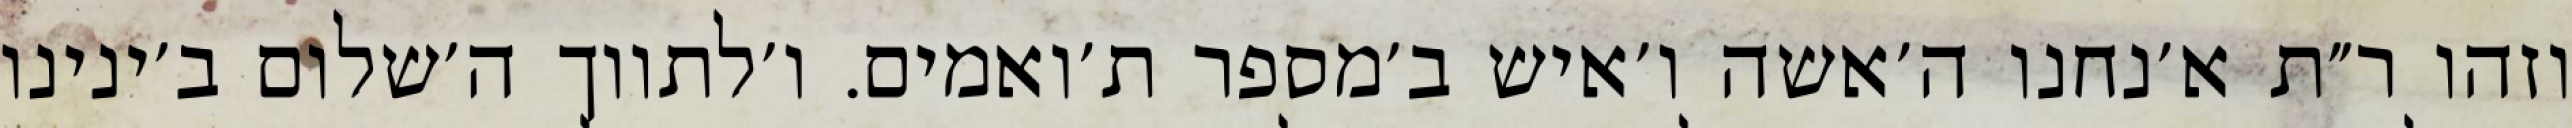
וזהו ר״ת א׳נחנו ה׳אשה ו׳איש ב׳מספר ת׳ואמים. ו׳לתווך ה׳שלום ב׳ינינו